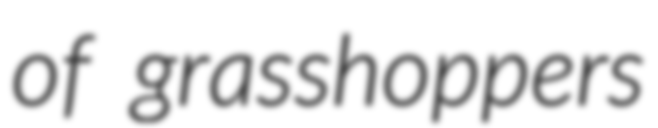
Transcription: of grasshoppers